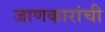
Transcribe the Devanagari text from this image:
जाणकारांची